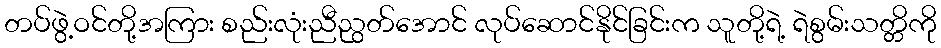
တပ်ဖွဲ့ဝင်တို့အကြား စည်းလုံးညီညွတ်အောင် လုပ်ဆောင်နိုင်ခြင်းက သူတို့ရဲ့ ရဲစွမ်းသတ္တိကို